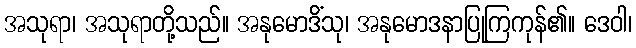
အသုရာ၊ အသုရာတို့သည်။ အနုမောဒိံသု၊ အနုမောဒနာပြုကြကုန်၏။ ဒေဝါ၊